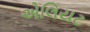
એલિયટ